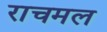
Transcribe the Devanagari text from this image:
राचमल